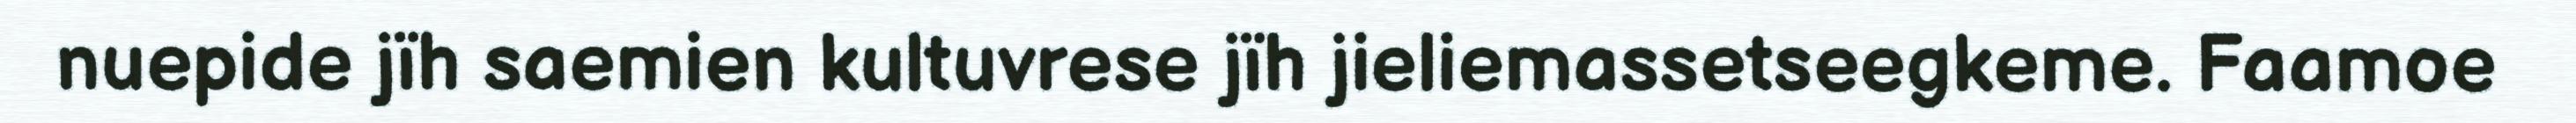
nuepide jïh saemien kultuvrese jïh jieliemassetseegkeme. Faamoe